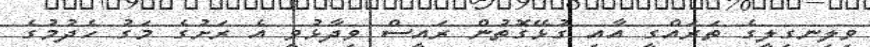
ވިލިނގިލީގެ ތަަރައްގީ އާއި ގުޅޭގޮތުން ރައީސް ވިދާޅުވީ އެ ރަށުގެ މަގު ހެދުމުގެ